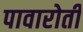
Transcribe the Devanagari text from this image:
पावारोती